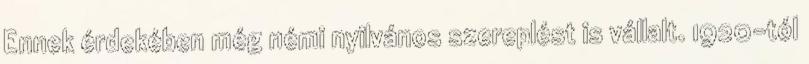
Ennek érdekében még némi nyilvános szereplést is vállalt. 1920-tól